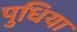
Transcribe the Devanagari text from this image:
पुधिया